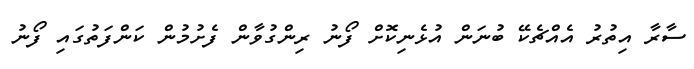
ސާރާ އިތުރު އެއްޗެކޭ ބުނަން އުޅެނިކޮށް ފޯނު ރިންގުވާން ފެށުމުން ކަންފަތުގައި ފޯނު